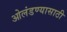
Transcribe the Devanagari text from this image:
ओलंडण्यासाठी